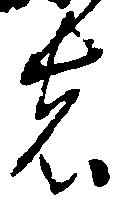
者